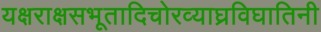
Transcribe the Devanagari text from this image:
यक्षराक्षसभूतादिचोरव्याघ्रविघातिनी